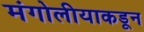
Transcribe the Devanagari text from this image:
मंगोलीयाकडून